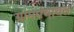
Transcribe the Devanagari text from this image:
ग्रांमपंचायत